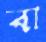
বা